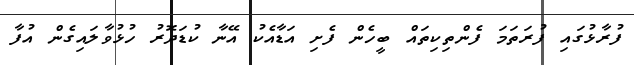
ފުރާޅުގައި ފުރަތަމަ ފެންތިކިތައް ބީހެން ފެށި އަޑާއެކު އޭނާ ކުޑަދޮރު ހުޅުވާލައިގެން އުފާ